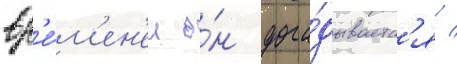
вр'е́м'ен'ем о́н дога́дываетс'я /